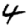
Digit: 4